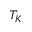
T _ { K }